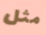
مثل